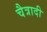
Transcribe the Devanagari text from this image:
चैत्रादी